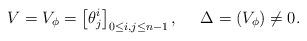
LaTeX: \begin{align*} V=V_{\phi}=\left[\theta_{j}^{i}\right]_{0 \leq i, j \leq n-1}, \ \ \ \ \Delta=( V_{\phi}) \neq 0 .\end{align*}